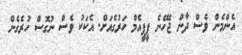
އެންމެން ވެސް ދާން ޖެހޭނެ ޕީޕީއެމް ހަރުގެއަށް. އެކަކު ވެސް ނުގޮސް ހުރެގެން